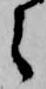
之